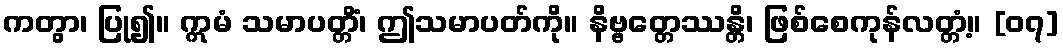
ကတွာ၊ ပြု၍။ ဣမံ သမာပတ္တိံ၊ ဤသမာပတ်ကို။ နိဗ္ဗတ္တေဿန္တိ၊ ဖြစ်စေကုန်လတ္တံ့။ [၀၇]